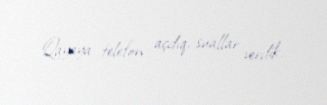
Qayaya telefon açdıq, suallar verdik.